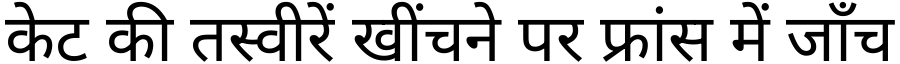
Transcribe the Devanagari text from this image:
केट की तस्वीरें खींचने पर फ्रांस में जाँच